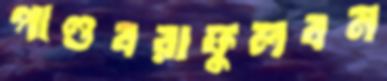
পাণ্ডবরাফুলবন